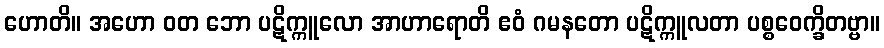
ဟောတိ။ အဟော ဝတ ဘော ပဋိက္ကူလော အာဟာရောတိ ဧဝံ ဂမနတော ပဋိက္ကူလတာ ပစ္စဝေက္ခိတဗ္ဗာ။